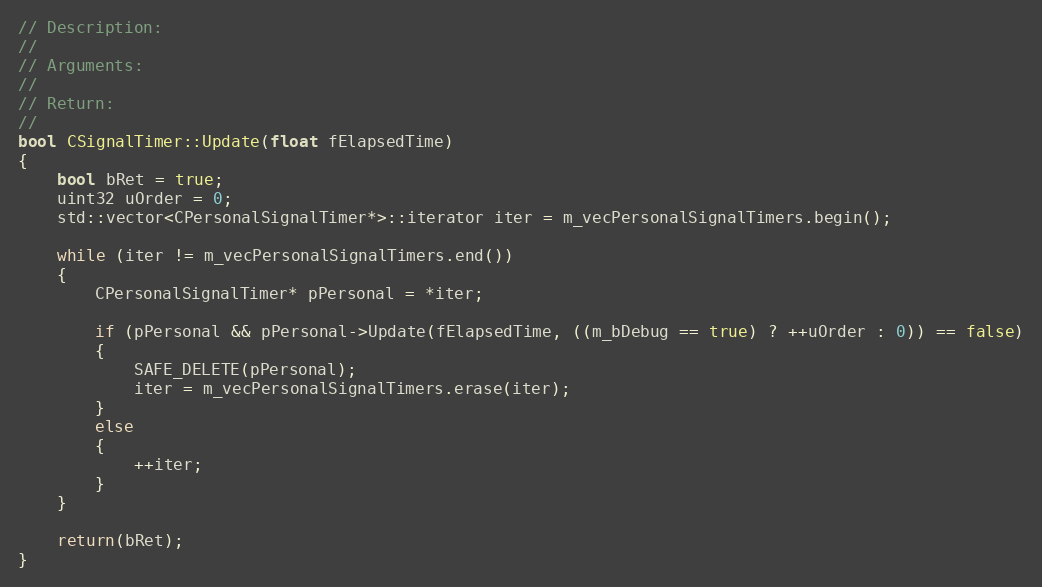
Language: C++
// Description:
//
// Arguments:
//
// Return:
//
bool CSignalTimer::Update(float fElapsedTime)
{
	bool bRet = true;
	uint32 uOrder = 0;
	std::vector<CPersonalSignalTimer*>::iterator iter = m_vecPersonalSignalTimers.begin();

	while (iter != m_vecPersonalSignalTimers.end())
	{
		CPersonalSignalTimer* pPersonal = *iter;

		if (pPersonal && pPersonal->Update(fElapsedTime, ((m_bDebug == true) ? ++uOrder : 0)) == false)
		{
			SAFE_DELETE(pPersonal);
			iter = m_vecPersonalSignalTimers.erase(iter);
		}
		else
		{
			++iter;
		}
	}

	return(bRet);
}